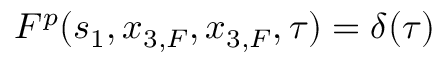
F ^ { p } ( s _ { 1 } , x _ { 3 , F } , x _ { 3 , F } , \tau ) = \delta ( \tau )